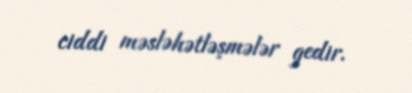
ciddi məsləhətləşmələr gedir.